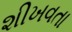
શીખવતા